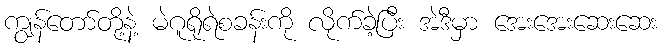
ကျွန်တော်တို့နဲ့ မဲဂူရိုရဲစခန်းကို လိုက်ခဲ့ပြီး အဲဒီမှာ အေးအေးဆေးဆေး